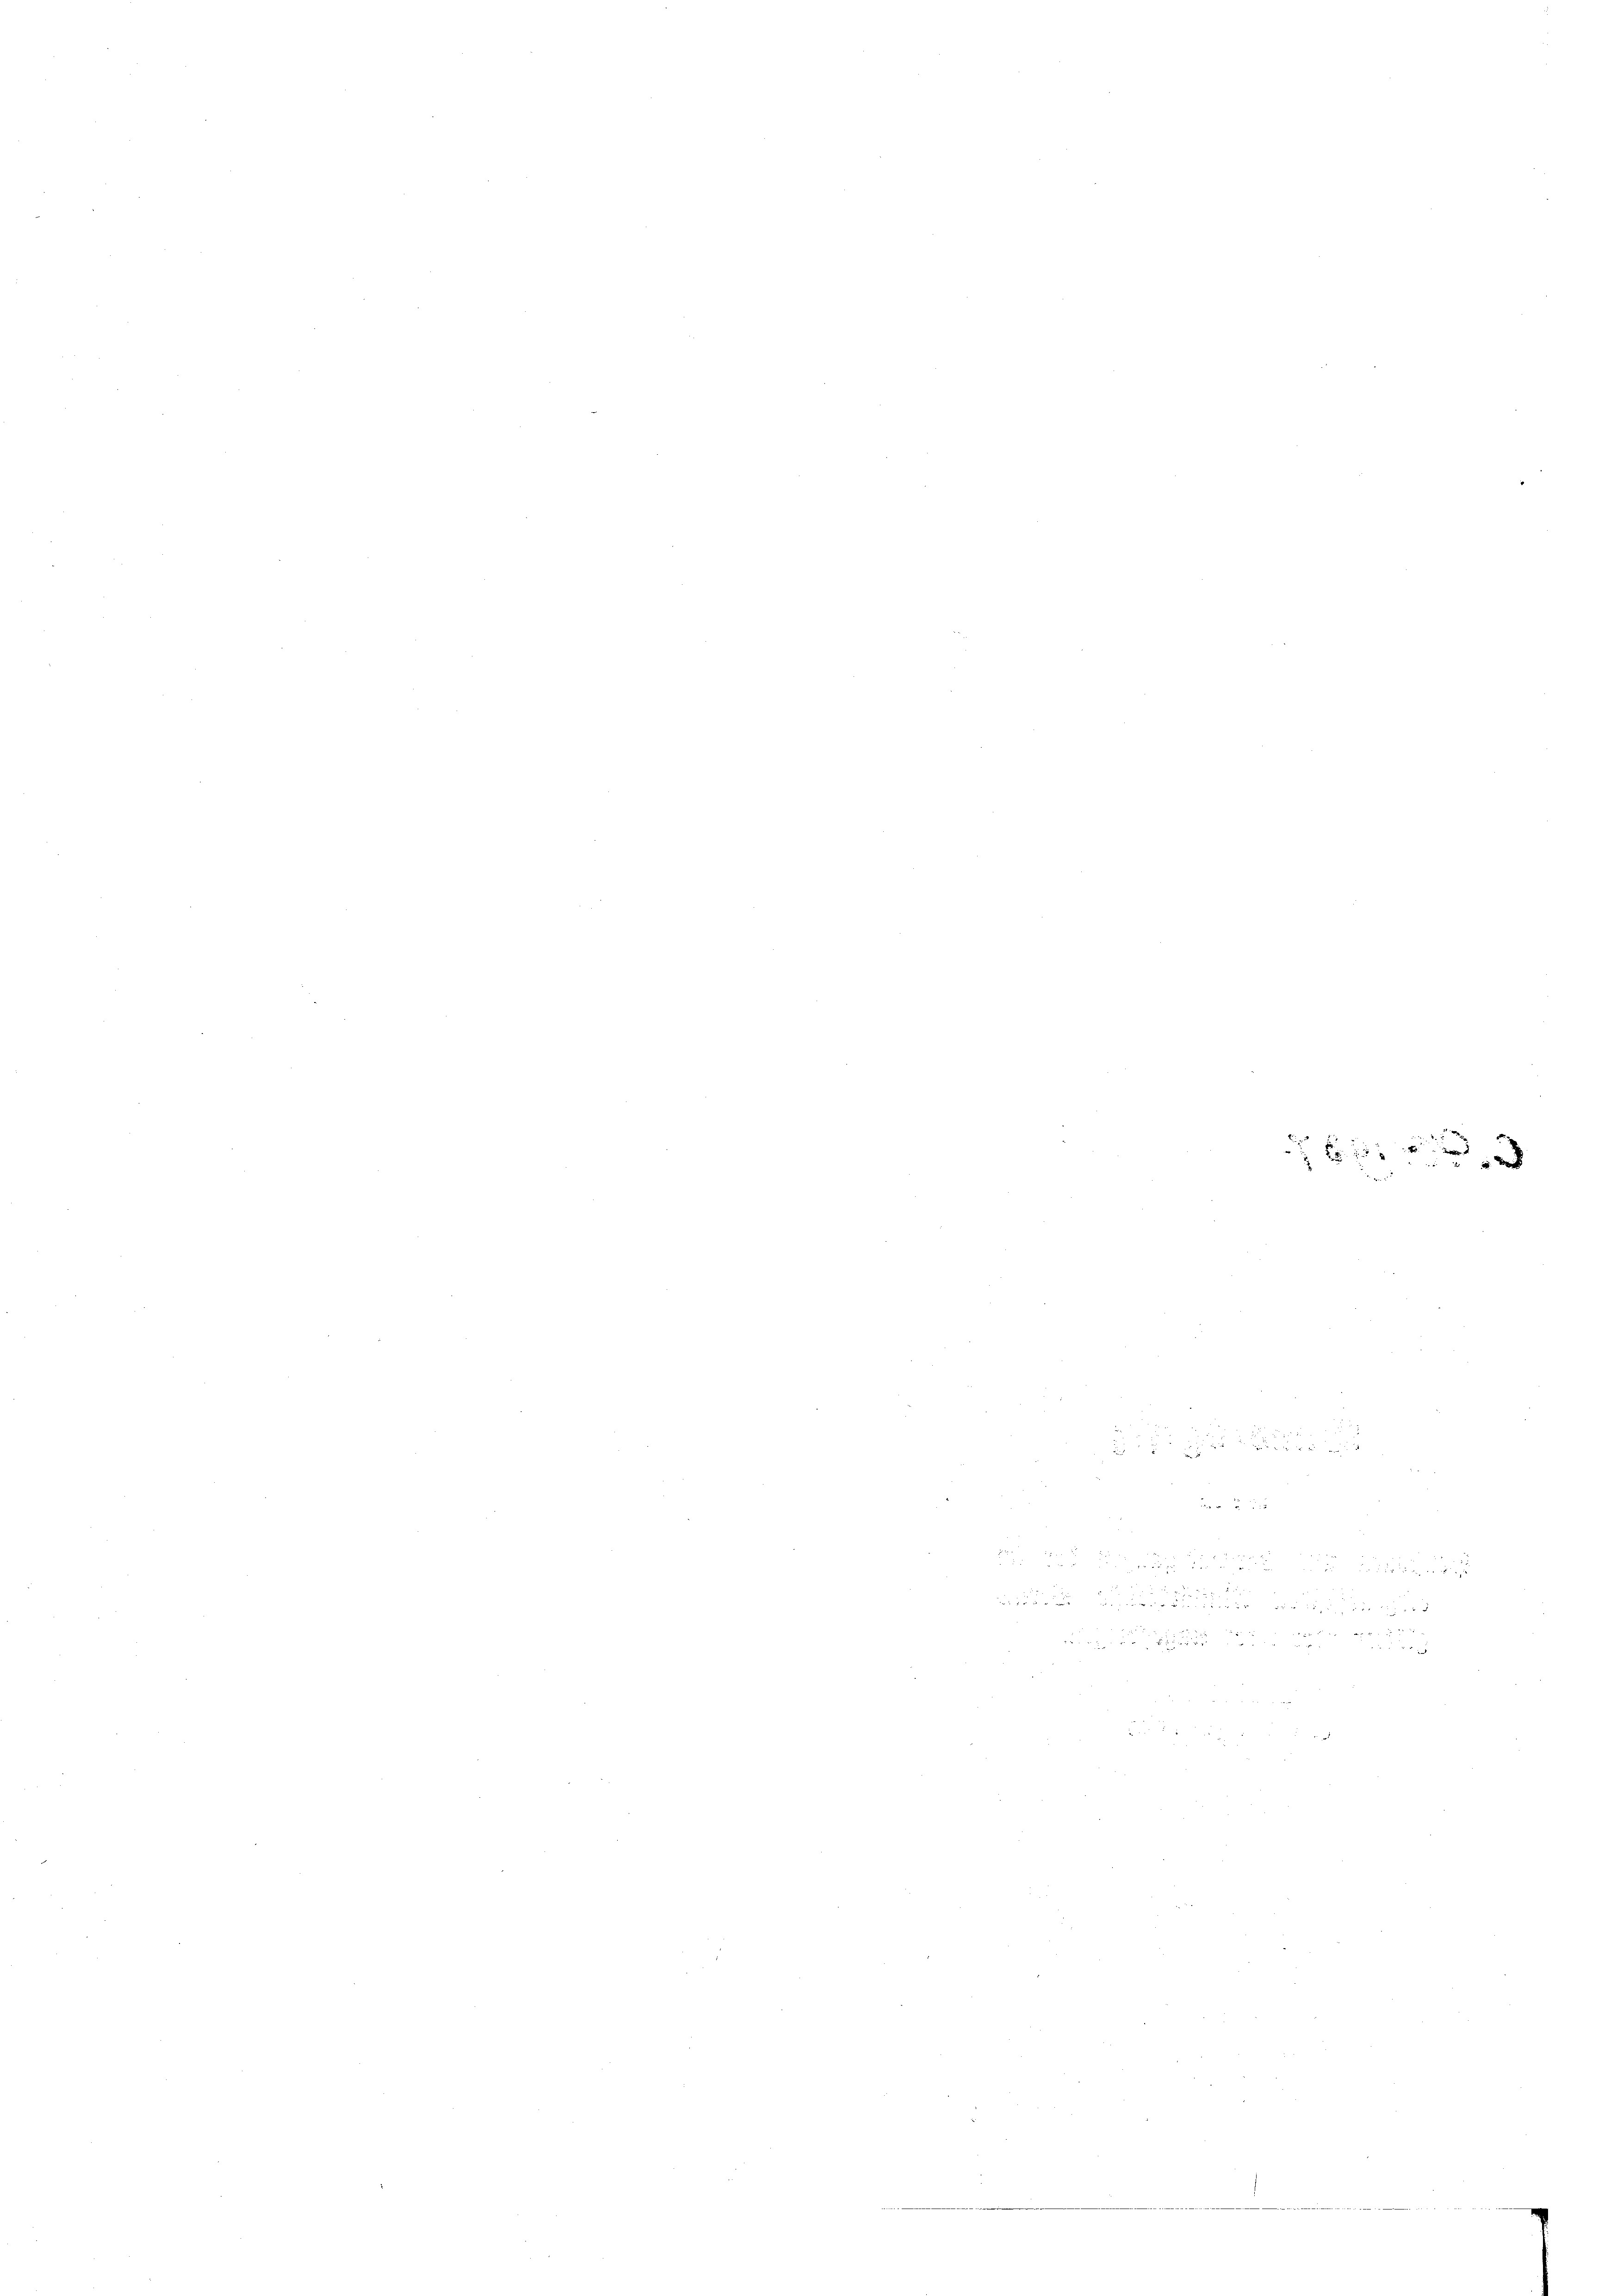
p
 x

u

             gester wegen ich

x 15 x

d
.
.

u. der